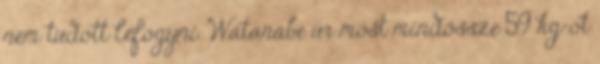
nem tudott lefogyni. Watanabe úr most mindössze 59 kg-ot